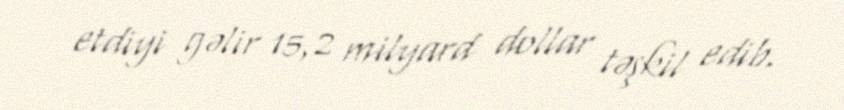
etdiyi gəlir 15,2 milyard dollar təşkil edib.